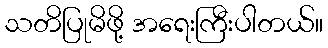
သတိပြုမိဖို့ အရေးကြီးပါတယ်။